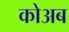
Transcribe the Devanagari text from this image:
कोअब